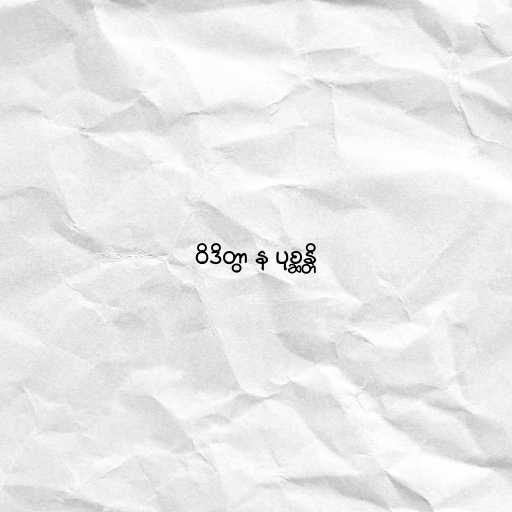
ဝိဒိတွာ န ပုစ္ဆန္တိ